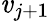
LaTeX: \mathit{v}_{j+1}